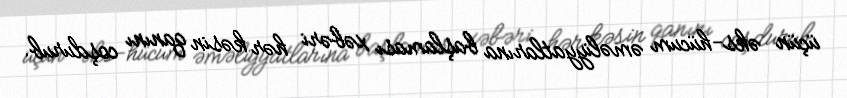
üçün əks-hücum əməliyyatlarına başlaması xəbəri hər kəsin qanını coşdurub.